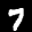
Label: 7